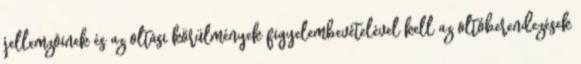
jellemzõinek és az oltási körülmények figyelembevételével kell az oltóberendezések